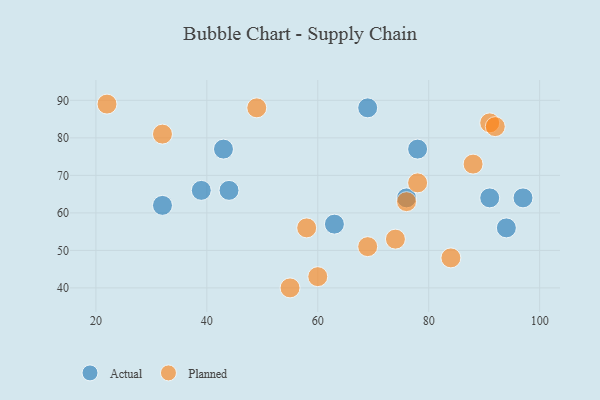
{"axis": {"x": "GDP", "y": "Life Expectancy"}, "legend": ["Actual", "Planned"], "data": [{"x": "39", "y": 66, "type": "Actual"}, {"x": "78", "y": 77, "type": "Actual"}, {"x": "63", "y": 57, "type": "Actual"}, {"x": "44", "y": 66, "type": "Actual"}, {"x": "32", "y": 62, "type": "Actual"}, {"x": "91", "y": 64, "type": "Actual"}, {"x": "76", "y": 64, "type": "Actual"}, {"x": "97", "y": 64, "type": "Actual"}, {"x": "94", "y": 56, "type": "Actual"}, {"x": "43", "y": 77, "type": "Actual"}, {"x": "69", "y": 88, "type": "Actual"}, {"x": "91", "y": 84, "type": "Planned"}, {"x": "78", "y": 68, "type": "Planned"}, {"x": "55", "y": 40, "type": "Planned"}, {"x": "49", "y": 88, "type": "Planned"}, {"x": "22", "y": 89, "type": "Planned"}, {"x": "60", "y": 43, "type": "Planned"}, {"x": "84", "y": 48, "type": "Planned"}, {"x": "69", "y": 51, "type": "Planned"}, {"x": "74", "y": 53, "type": "Planned"}, {"x": "92", "y": 83, "type": "Planned"}, {"x": "76", "y": 63, "type": "Planned"}, {"x": "32", "y": 81, "type": "Planned"}, {"x": "88", "y": 73, "type": "Planned"}, {"x": "58", "y": 56, "type": "Planned"}]}